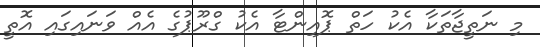
މި ނަތީޖާތަކާ އެކު ހަތް ޕޮއިންޓާ އެކު ގްރޫޕުގެ އެއް ވަނައިގައި އޮތީ